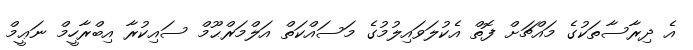
އެ ދިރާސާތަކުގެ މައްޗަށް ފޮތް އެކުލަވައިލުމުގެ މަސައްކަތް އަލްމަރްޙޫމް ސައިކުރާ އިބްރާހީމް ނަޢީމް